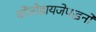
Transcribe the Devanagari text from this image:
बोंजोडायजेपाइनों